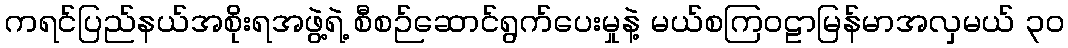
ကရင်ပြည်နယ်အစိုးရအဖွဲ့ရဲ့ စီစဉ်ဆောင်ရွက်ပေးမှုနဲ့ မယ်စကြဝဠာမြန်မာအလှမယ် ၃၀